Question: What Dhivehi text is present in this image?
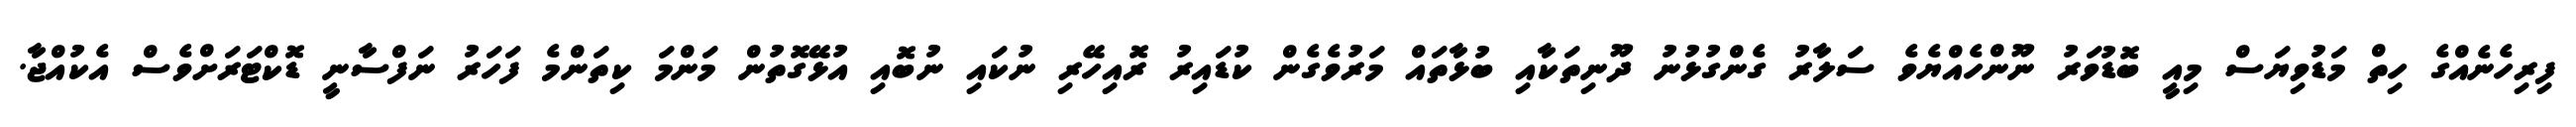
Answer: ފިރިހެނެއްގެ ހިތް މަޑުވިޔަސް މިއީ ބޮޑުވަރު ނޫންހެއްޔެވެ ސަލާރު ގެންގުޅުނު ދޫނިތަކާއި ބުޅާތައް މަރުވެގެން ކުޑައިރު ރޮއިހޭރި ނުކައި ނުބޮއި އުޅޭގޮތުން މަންމަ ކިތަންމެ ފަހަރު ނަފްސާނީ ޑޮކްޓަރަށްވެސް އެކުއްޖާ.